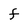
Character: F